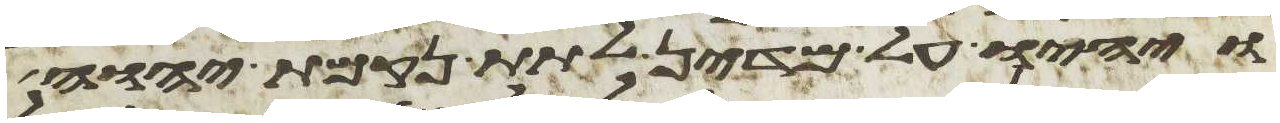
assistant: ויהיו על מדין לתת נקמת יהוה